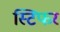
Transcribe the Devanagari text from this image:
स्टिफर